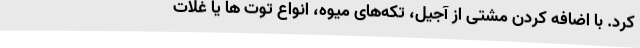
کرد. با اضافه کردن مشتی از آجیل، تکه‌های میوه، انواع توت ها یا غلات